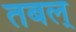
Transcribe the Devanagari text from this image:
तबल्